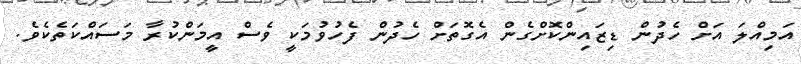
އަމިއްލަ އަށް ހެދުން ޑިޒައިންކޮށްގެން އެގޮތަށް ހެދުން ފެހުވުމަކީ ވެސް އީމަންކުރާ މަސައްކަތެކެވެ.